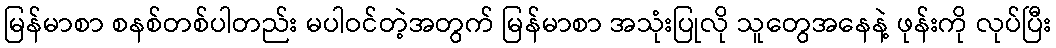
မြန်မာစာ စနစ်တစ်ပါတည်း မပါဝင်တဲ့အတွက် မြန်မာစာ အသုံးပြုလို သူတွေအနေနဲ့ ဖုန်းကို လုပ်ပြီး